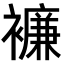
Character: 𧞋